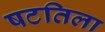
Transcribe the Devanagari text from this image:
षटतिला